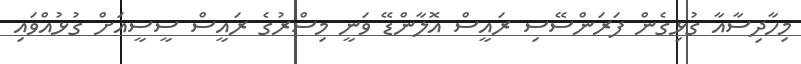
މިހާދިސާއާ ގުޅިގެން ފަރަންސޭސި ރައީސް އޮލާންޑޭ ވަނީ މިސްރުގެ ރައީސް ސީސީއަށް ގުޅުއްވައި